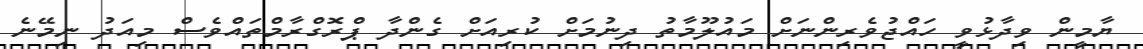
ޔާމީން ވިދާޅުވީ ހައްޖުވެރިންނަށް މައުލޫމާތު ދިނުމަށް ކުރިއަށް ގެންދާ ޕްރޮގްރާމްތައްވެސް މިއަދު ނިމޭނެ